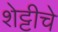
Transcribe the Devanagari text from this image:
शेट्टीचे